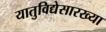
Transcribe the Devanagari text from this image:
यातुविद्येसारख्या